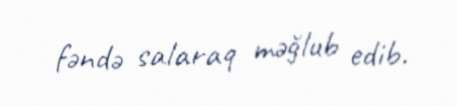
fəndə salaraq məğlub edib.